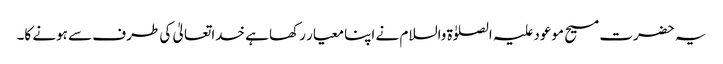
یہ حضرت مسیح موعود علیہ الصلوٰۃ والسلام نے اپنا معیار رکھا ہے خداتعالیٰ کی طرف سے ہونے کا۔